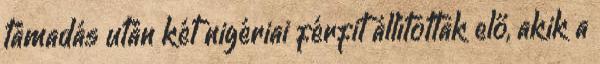
támadás után két nigériai férfit állítottak elő, akik a